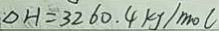
\Delta H = 3 2 6 0 . 4 k J / m o l